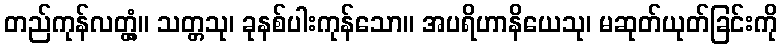
တည်ကုန်လတ္တံ့။ သတ္တသု၊ ခုနစ်ပါးကုန်သော။ အပရိဟာနိယေသု၊ မဆုတ်ယုတ်ခြင်းကို